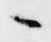
々